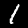
Label: 1